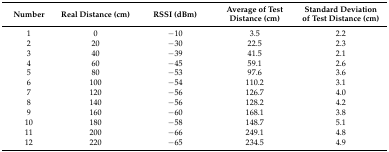
<table><thead><tr><td><b>Number</b></td><td><b>Real Distance (cm)</b></td><td><b>RSSI (dBm)</b></td><td><b>Average of Test Distance (cm)</b></td><td><b>Standard Deviation of Test Distance (cm)</b></td></tr></thead><tbody><tr><td>1</td><td>0</td><td>−10</td><td>3.5</td><td>2.2</td></tr><tr><td>2</td><td>20</td><td>−30</td><td>22.5</td><td>2.3</td></tr><tr><td>3</td><td>40</td><td>−39</td><td>41.5</td><td>2.1</td></tr><tr><td>4</td><td>60</td><td>−45</td><td>59.1</td><td>2.6</td></tr><tr><td>5</td><td>80</td><td>−53</td><td>97.6</td><td>3.6</td></tr><tr><td>6</td><td>100</td><td>−54</td><td>110.2</td><td>3.1</td></tr><tr><td>7</td><td>120</td><td>−56</td><td>126.7</td><td>4.0</td></tr><tr><td>8</td><td>140</td><td>−56</td><td>128.2</td><td>4.2</td></tr><tr><td>9</td><td>160</td><td>−60</td><td>168.1</td><td>3.8</td></tr><tr><td>10</td><td>180</td><td>−58</td><td>148.7</td><td>5.1</td></tr><tr><td>11</td><td>200</td><td>−66</td><td>249.1</td><td>4.8</td></tr><tr><td>12</td><td>220</td><td>−65</td><td>234.5</td><td>4.9</td></tr></tbody></table>